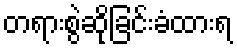
တရားစွဲဆိုခြင်းခံထားရ